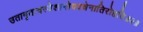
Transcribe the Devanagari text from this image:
उतामृतत्वस्येशानोयदन्नेनातिरोहति॥२॥